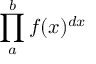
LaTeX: \prod _ { a } ^ { b } f ( x ) ^ { d x }